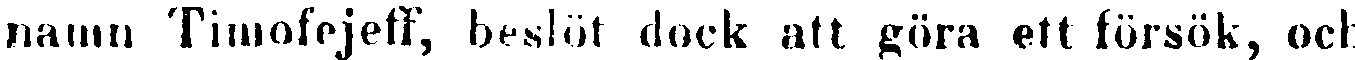
namn Timofejeff, beslöt dock att göra ett försök, och